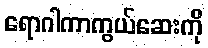
ရောဂါကာကွယ်ဆေးကို